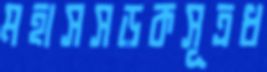
মহাসসড়কসূত্রধ